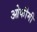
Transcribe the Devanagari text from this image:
ओकीमी